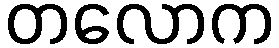
တလောက